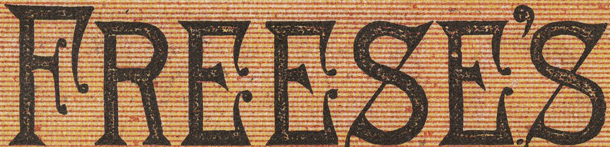
fREESE'S